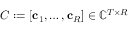
C : = [ \mathbf { c } _ { 1 } , \dots , \mathbf { c } _ { R } ] \in \mathbb { C } ^ { T \times R }